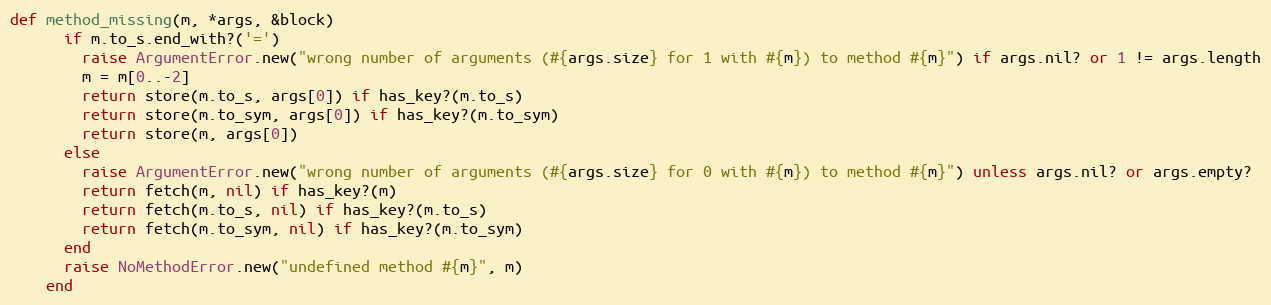
Language: Ruby
def method_missing(m, *args, &block)
      if m.to_s.end_with?('=')
        raise ArgumentError.new("wrong number of arguments (#{args.size} for 1 with #{m}) to method #{m}") if args.nil? or 1 != args.length
        m = m[0..-2]
        return store(m.to_s, args[0]) if has_key?(m.to_s)
        return store(m.to_sym, args[0]) if has_key?(m.to_sym)
        return store(m, args[0])
      else
        raise ArgumentError.new("wrong number of arguments (#{args.size} for 0 with #{m}) to method #{m}") unless args.nil? or args.empty?
        return fetch(m, nil) if has_key?(m)
        return fetch(m.to_s, nil) if has_key?(m.to_s)
        return fetch(m.to_sym, nil) if has_key?(m.to_sym)
      end
      raise NoMethodError.new("undefined method #{m}", m)
    end